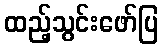
ထည့်သွင်းဖော်ပြ